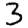
Digit: 3